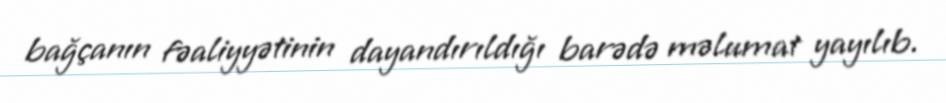
bağçanın fəaliyyətinin dayandırıldığı barədə məlumat yayılıb.